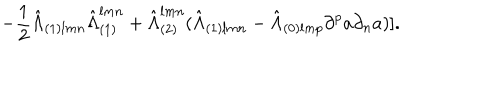
LaTeX: - { \frac { 1 } { 2 } } { \hat { \Lambda } } _ { ( 1 ) l m n } { \hat { \Lambda } } _ { ( 1 ) } ^ { l m n } + { \hat { \Lambda } } _ { ( 2 ) } ^ { l m n } ( { \hat { \Lambda } } _ { ( 1 ) l m n } - { \hat { \Lambda } } _ { ( 0 ) l m p } \partial ^ { p } a \partial _ { n } a ) ] .